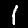
Label: 1